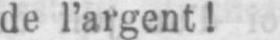
de l’argent!